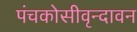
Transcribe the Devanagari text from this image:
पंचकोसीवृन्दावन